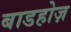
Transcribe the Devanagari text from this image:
बाडहोज़